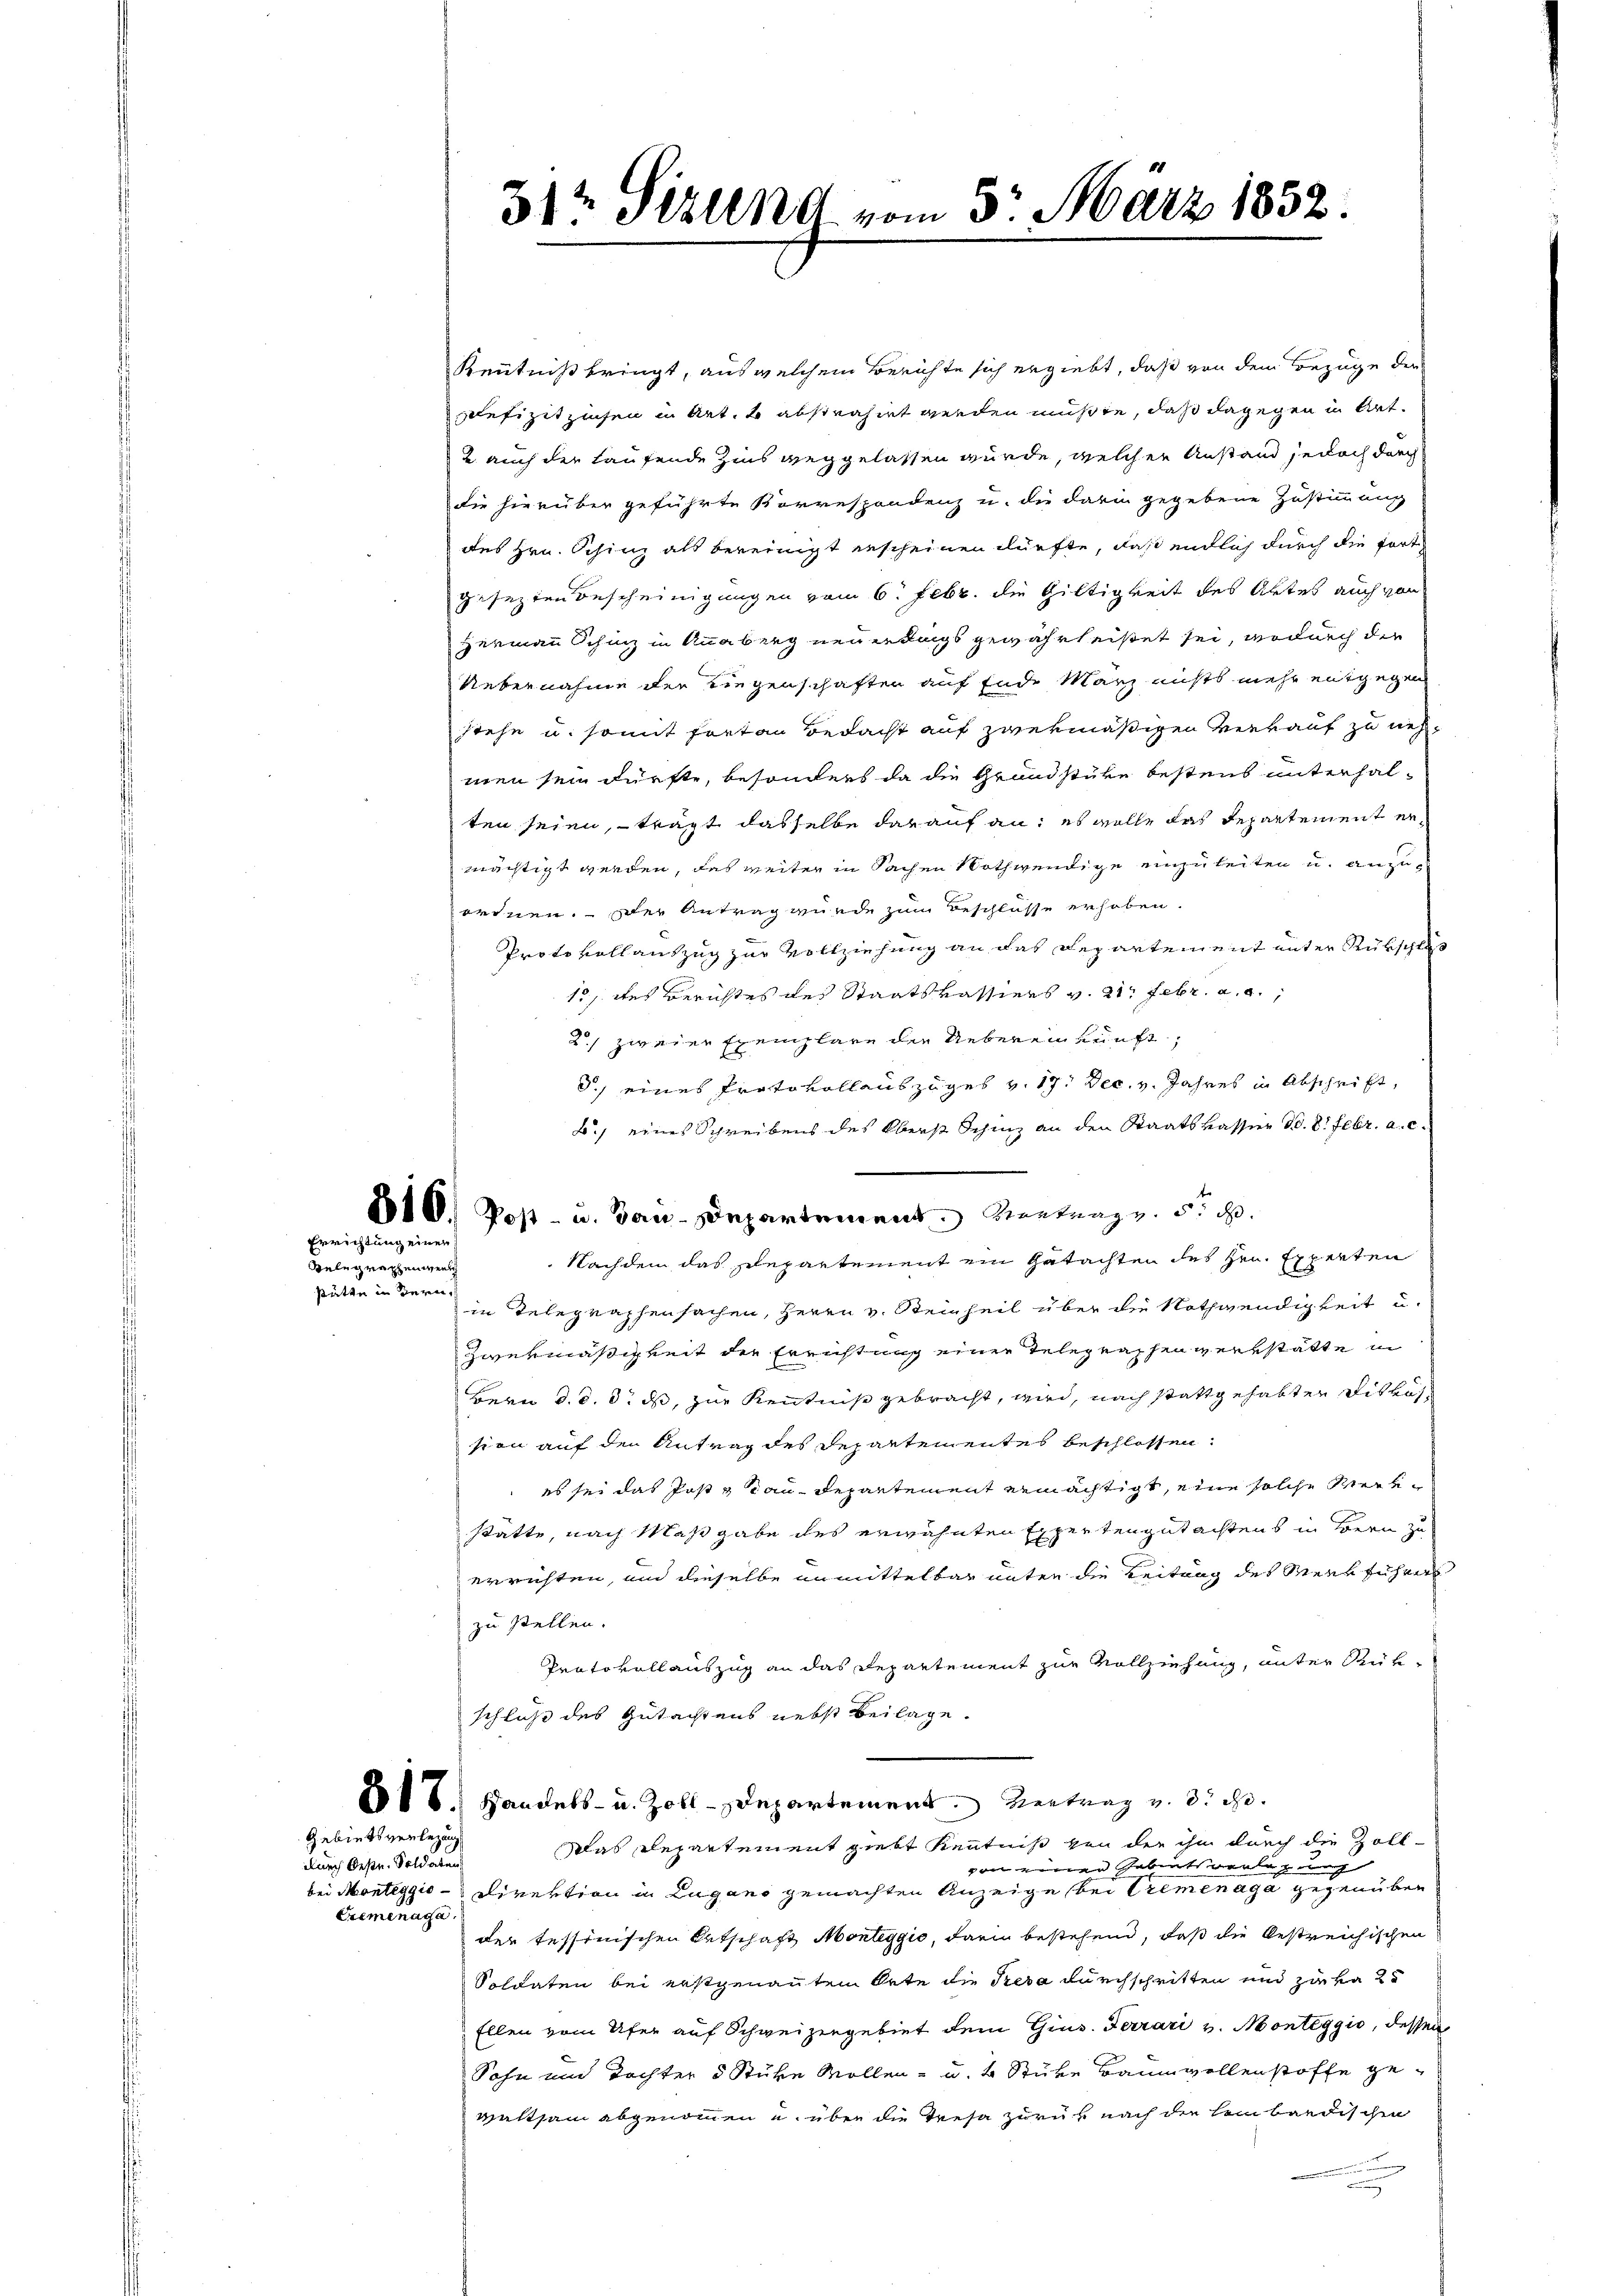
Errichtung einer
Gelegraphen wenig
stätte in Berei

Gebietsverlegung
durch beste. Soldaten
Eremenaga.

Kenntniß bringt, aus welchem Berichte sich ergiebt, daß von dem Bezüge der
lefizitzinsen in Art. 2 abstrahirt werden müßte, daß dagegen in Art.
2 auch der Laufende Zins weggelassen würde, welcher Anstand jedoch durch
die hierüber geführte Korrespondenz u. die darin gegebene Zustimmung
des Hrn. Schinz als bereinigt erscheinen dürfte, daß endlich durch die fortgesezten Bescheinigungen vom 6. Febr. die Giltigkeit des Aktes auch von
Hermann Schinz in Anabung neuerdings gewahrheistet sei, wodurch der
Uebernahme der Liegenschaften auf Ende Manz nichts mehr entgegen
stehe u. somit fortan Bedacht auf zwekmäßigen Verkauf zu nehmen sein dürfte, besonders da die Grundstüke bestens unterhalten seien, – trägt dasselbe darauf an, es wolle das Departement ermächtigt werden, das weiter in Sachen Nothwendige einzuleiten u. anzuordnen. Der Antrag wurde zum Beschlüsse erhoben.
Protokollauszug zur Vollziehung an das Departement unter Rückschluß
10, des Berichtes des Staatskassiers v. 21. Febr. a. a.,
2, zweier Exemplare der Uebereinkunft,
d.) eines Protokollauszuges v. 19. Dec. v. Jahres in Abschrift,
B.) eines Schreibens des Oberst Schinz an den Staatskassier No. 8. Febr. a. c.
610. Post- u. Bau-Departement. Vertrag v. 5. d.
Nachdem das Departement ein Gutachten des Hrn. Experten
in Telegraphensachen, Herrn v. Steinheit über die Nothwendigkeit u.
Zwekmäßigkeit der Errichtung einer Telegraphen verstatte in
Bern d. d. d. ds, zur Kenntniß gebracht, wird, nach stattgehabten Diskus
sion auf den Antrag des Departementes beschlossen:
es sei das Post Tau-Departement ermächtigt, eine solche Werkstatte, nach Maßgabe des erwähnten Expertengutachtens in Bern zu
errichten, und dieselbe unmittelbar unter die Leitung des Meer führers
zu stellen.
Protokollauszug an das Departement zur Vollziehung, unter Rükschluß des Gutachtens nebst Beilage.
8 f 8. Standels- u. Zoll-Departement. Vertrag v. 8. d.
Das Repartement giebt Kenntniß von der ihn durch die Zoll-
von einer Gebietsverlegung
bei Monteggis-Direktion in Lugano gemachten Anzeige bei Bremenage gegenüber
der tessinischen Entschaft Monteggio, darin bestehend, daß die bestreichischen
Soldaten bei erstgenannten Orte die Peda durchschritten und zu ka 2
Ellen vom Ufer auf Schweizergebiet dem Gius. Ferrari v. Monteggio, dessen
Sohn und Tochter 5 Stüke Wollen- u. 2 Stüke Baumwollenstoffe gewaltsam abgenommen u. über die Tresa zurük nach die kein bardischen
u

31t Sizung vom 5. März 1832.